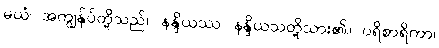
မယံ၊ အကျွန်ုပ်တို့သည်။ နန္ဒိယဿ၊ နန္ဒိယသတို့သား၏။ ပရိစာရိကာ၊